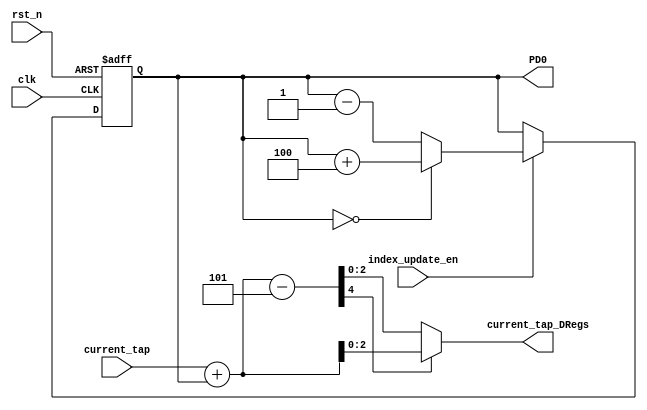
module DRegs_indexing #(parameter
	nb_taps = 5,
	width_current_tap = nb_taps > 8 ? 4 : 3
)(
	//control ports from controller
	input index_update_en,
	input [width_current_tap-1: 0] current_tap,
	input clk, rst_n,
	output [width_current_tap-1: 0] PD0,
	output [width_current_tap-1: 0] current_tap_DRegs
);

reg [width_current_tap-1: 0] D0_position;
//wire [width_current_tap-1: 0] PD0;
wire [width_current_tap-1: 0] new_D0_position;
assign PD0 = D0_position;
always@(posedge clk or negedge rst_n) begin
	if(!rst_n) begin
		D0_position <= 0;
	end
	else begin
		if(index_update_en) begin
			D0_position <= new_D0_position;
		end
	end
end
/****************new D0 position generation**************/
wire [width_current_tap-1: 0] PD0_minus_1;
wire [width_current_tap-1: 0] PD0_plus_n_tap_minus_1;
assign PD0_minus_1 = PD0 - 1;//even if it is less than zero
assign PD0_plus_n_tap_minus_1 = PD0 + (nb_taps -1);
wire PD0_is_zero;
assign PD0_is_zero = PD0 == 0;
assign new_D0_position = PD0_is_zero ? PD0_plus_n_tap_minus_1 : PD0_minus_1;


/*********current_tap_DRegs generation********************/
wire [width_current_tap: 0] current_tap_plus_PD0;
assign current_tap_plus_PD0 = current_tap + PD0;
wire signed [width_current_tap+1: 0] current_tap_plus_PD0_minus_ntap;
assign current_tap_plus_PD0_minus_ntap = $signed({1'b0, current_tap_plus_PD0}) - $signed(nb_taps);
wire sign;
assign sign = current_tap_plus_PD0_minus_ntap[width_current_tap+1];
assign current_tap_DRegs = sign == 1'b1 ? current_tap_plus_PD0[width_current_tap-1: 0] : current_tap_plus_PD0_minus_ntap[width_current_tap-1: 0];


endmodule